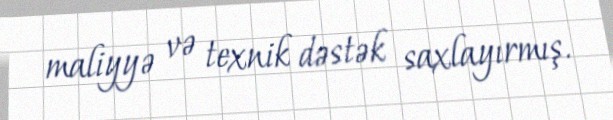
maliyyə və texnik dəstək saxlayırmış.